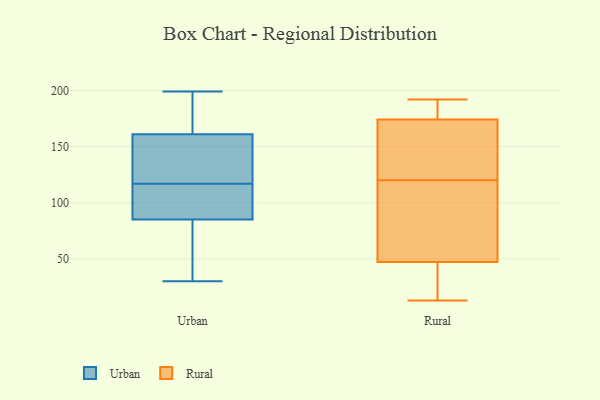
{"axis": {"x": "Shipments", "y": "Value"}, "legend": ["Rural", "Urban"], "data": [{"x": "", "y": 199, "type": "Urban"}, {"x": "", "y": 122, "type": "Urban"}, {"x": "", "y": 93, "type": "Urban"}, {"x": "", "y": 195, "type": "Urban"}, {"x": "", "y": 136, "type": "Urban"}, {"x": "", "y": 112, "type": "Urban"}, {"x": "", "y": 69, "type": "Urban"}, {"x": "", "y": 103, "type": "Urban"}, {"x": "", "y": 30, "type": "Urban"}, {"x": "", "y": 125, "type": "Urban"}, {"x": "", "y": 186, "type": "Urban"}, {"x": "", "y": 77, "type": "Urban"}, {"x": "", "y": 169, "type": "Rural"}, {"x": "", "y": 39, "type": "Rural"}, {"x": "", "y": 192, "type": "Rural"}, {"x": "", "y": 182, "type": "Rural"}, {"x": "", "y": 63, "type": "Rural"}, {"x": "", "y": 42, "type": "Rural"}, {"x": "", "y": 108, "type": "Rural"}, {"x": "", "y": 69, "type": "Rural"}, {"x": "", "y": 176, "type": "Rural"}, {"x": "", "y": 120, "type": "Rural"}, {"x": "", "y": 185, "type": "Rural"}, {"x": "", "y": 13, "type": "Rural"}, {"x": "", "y": 120, "type": "Rural"}, {"x": "", "y": 168, "type": "Rural"}, {"x": "", "y": 31, "type": "Rural"}]}